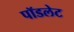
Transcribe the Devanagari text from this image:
पॉडलेट